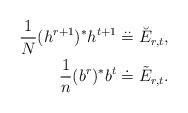
LaTeX: \begin{align*}\frac{1}{N}(h^{r+1})^* h^{t+1} &\overset{\mathbf{. .}}{=} \breve{E}_{r,t}, \\\frac{1}{n}(b^r)^*b^t &\doteq \tilde{E}_{r,t}. \end{align*}